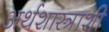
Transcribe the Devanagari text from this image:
अर्थशास्त्राशी